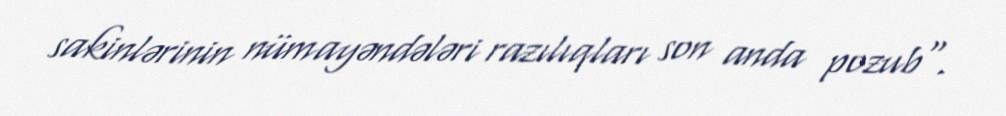
sakinlərinin nümayəndələri razılıqları son anda pozub".